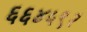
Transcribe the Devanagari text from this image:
६६४५९२